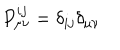
LaTeX: P _ { \mu \nu } ^ { i j } = \delta _ { i j } \delta _ { \mu \nu }